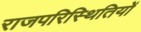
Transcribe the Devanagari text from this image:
राजपरिस्थितियों